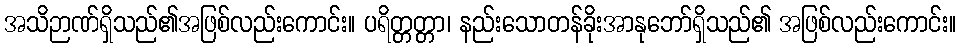
အသိဉာဏ်ရှိသည်၏အဖြစ်လည်းကောင်း။ ပရိတ္တတ္တာ၊ နည်းသောတန်ခိုးအာနုဘော်ရှိသည်၏ အဖြစ်လည်းကောင်း။